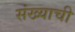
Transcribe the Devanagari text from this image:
संख्याची